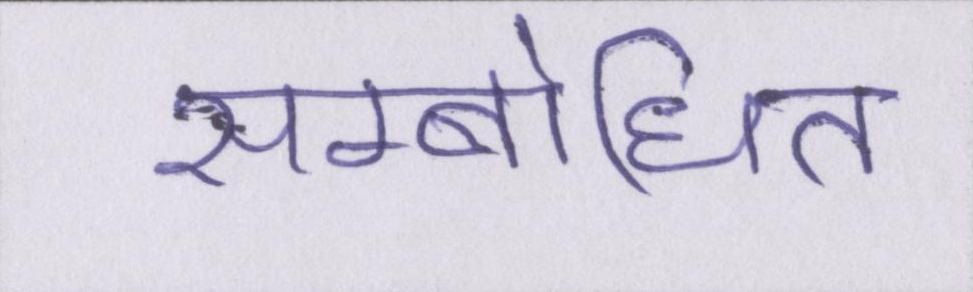
सम्बोधित